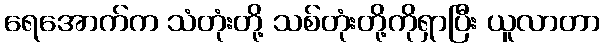
ရေအောက်က သံတုံးတို့ သစ်တုံးတို့ကိုရှာပြီး ယူလာတာ